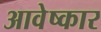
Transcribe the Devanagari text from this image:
आवेष्कार